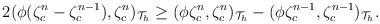
LaTeX: \begin{align*}\begin{aligned}&2(\phi(\zeta_c^n-\zeta_c^{n-1}),\zeta_c^n)_{\mathcal{T}_h}\geq(\phi\zeta_c^n,\zeta_c^n)_{\mathcal{T}_h}-(\phi\zeta_c^{n-1},\zeta_c^{n-1})_{\mathcal{T}_h}.\\\end{aligned}\end{align*}